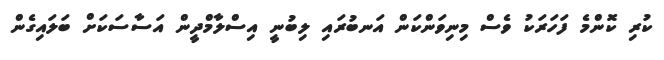
ކުރި ކޮންމެ ފަހަރަކު ވެސް މިނިވަންކަން އަނބުރައި ލިބުނީ އިސްލާމްދީން އަސާސަކަށް ބަަލައިގެން